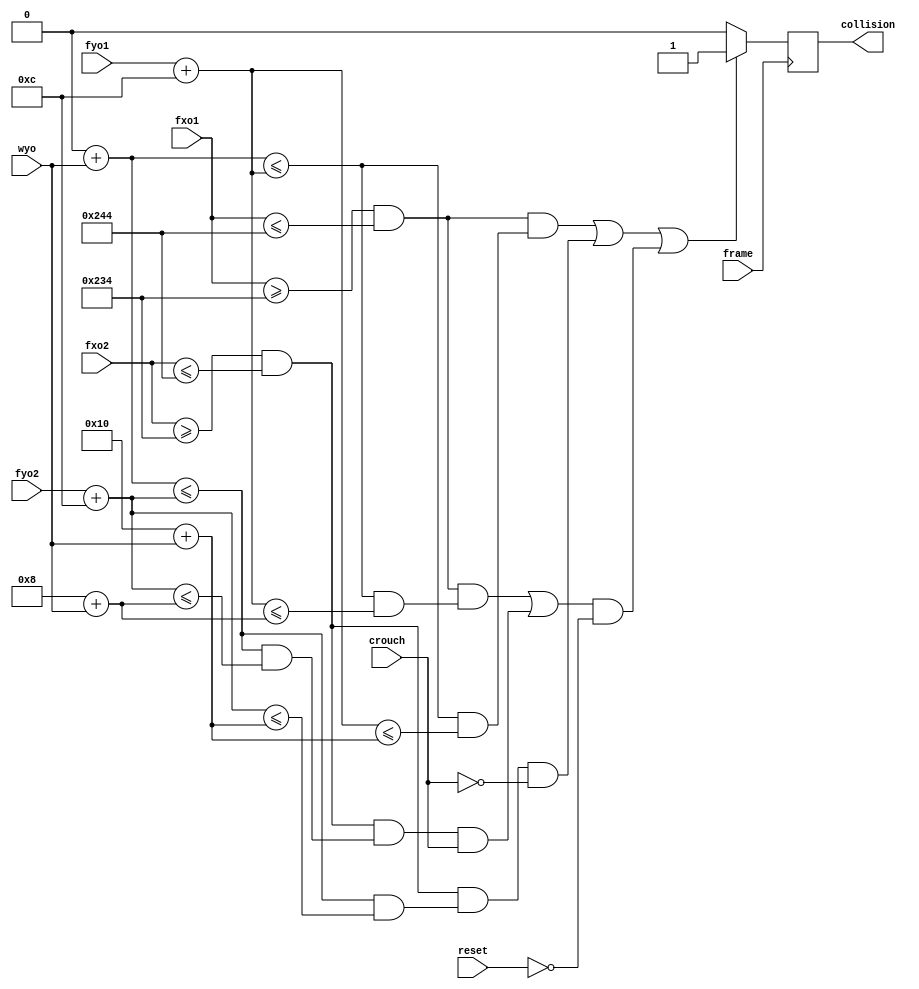
`timescale 1ns / 1ps
//////////////////////////////////////////////////////////////////////////////////
// Company: 
// Engineer: 
// 
// Design Name: 
// Module Name: collision_controller
// Project Name: 
// Target Devices: 
// Tool Versions: 
// Description: 
// 
// Dependencies: 
// 
// Revision:
// Revision 0.01 - File Created
// Additional Comments:
// 
//////////////////////////////////////////////////////////////////////////////////


module collision_controller(
    wyo, fxo1, fyo1, fxo2, fyo2, reset, frame, collision, crouch
    );
    input reset, frame, crouch;
    input [7:0] wyo;
    input [9:0] fxo1, fyo1, fxo2, fyo2;

    output reg collision;

    always @ (posedge frame) begin
        // this is a big conditional
        if (
        (
            (
                (
                    ((fxo1 >= 564) && (fxo1 <= 580)) // fireball 1 is in wizard x range
                    &&  // and
                    ((0+wyo <= fyo1+12) && (fyo1+12 <= 16+wyo)) // fireball 1 is in wizard (standing) y range
                )
                || // or
                (
                    ((fxo2 >= 564) && (fxo2 <= 580)) // fireball 2 is within wizard x range
                    && // and
                    ((0+wyo <= fyo2+12) && (fyo2+12 <= 16+wyo)) // fireball 2 is within wizard (standing) y range
                )
                && // and
                ~crouch // wizard is standing
            )
        ) 
        || 
        (
            (
                (
                    ((fxo1 >= 564) && (fxo1 <= 580)) // fireball 1 is in wizard x range
                    &&  // and
                    ((0+wyo <= fyo1+12) && (fyo1+12 <= 8+wyo)) // fireball 1 is in wizard (crouching) y range
                )
                || // or
                (
                    ((fxo2 >= 564) && (fxo2 <= 580)) // fireball 2 is within wizard x range
                    && // and
                    ((0+wyo <= fyo2+12) && (fyo2+12 <= 8+wyo)) // fireball 2 is within wizard (crouching) y range
                )
                && // and
                crouch // wizard is crouching
            )
        ) 
        && 
        ~reset
        ) begin // has reset happened?
            collision = 1;
        end else begin
            collision = 0;
        end
    end
endmodule